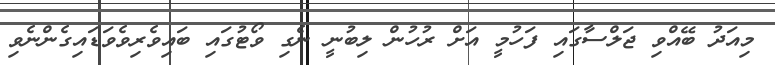
މިއަދު ބޭއްވި ޖަލްސާގައި ފަހުމީ އަށް ރުހުން ލިބުނީ ނެގި ވޯޓުގައި ބައިވެރިވެވަޑައިގެންނެވި